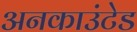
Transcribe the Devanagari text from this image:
अनकाउंटेड